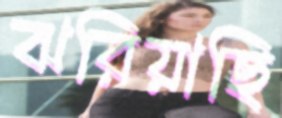
ঝরিয়াছি